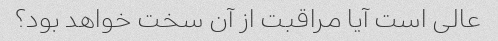
عالی است آیا مراقبت از آن سخت خواهد بود؟